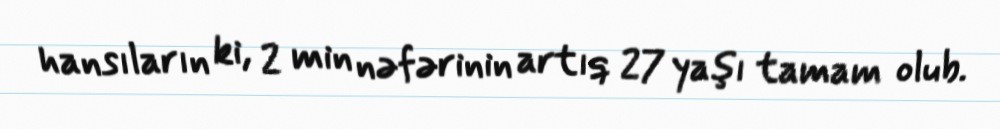
hansıların ki, 2 min nəfərinin artıq 27 yaşı tamam olub.